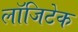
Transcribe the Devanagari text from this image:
लॉजिटेक